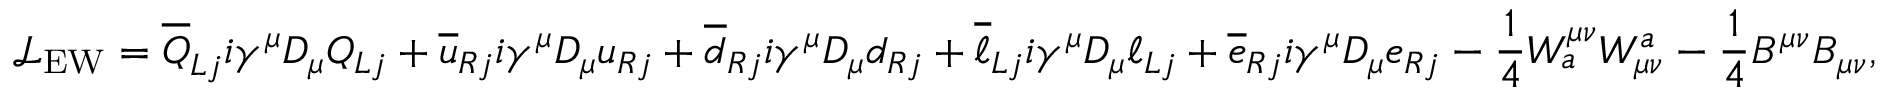
{ \mathcal { L } } _ { \mathrm { E W } } = { \overline { { Q } } } _ { L j } i \gamma ^ { \mu } D _ { \mu } Q _ { L j } + { \overline { { u } } } _ { R j } i \gamma ^ { \mu } D _ { \mu } u _ { R j } + { \overline { { d } } } _ { R j } i \gamma ^ { \mu } D _ { \mu } d _ { R j } + { \overline { { \ell } } } _ { L j } i \gamma ^ { \mu } D _ { \mu } \ell _ { L j } + { \overline { { e } } } _ { R j } i \gamma ^ { \mu } D _ { \mu } e _ { R j } - { \frac { 1 } { 4 } } W _ { a } ^ { \mu \nu } W _ { \mu \nu } ^ { a } - { \frac { 1 } { 4 } } B ^ { \mu \nu } B _ { \mu \nu } ,